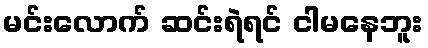
မင်းလောက် ဆင်းရဲရင် ငါမနေဘူး